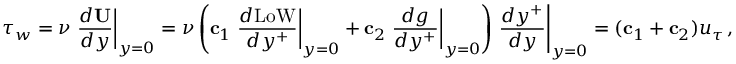
{ \boldsymbol \tau } _ { w } = \nu \left. \frac { d { \bf U } } { d y } \right| _ { y = 0 } = \nu \left( { \bf c } _ { 1 } \left. \frac { d \mathrm { L o W } } { d y ^ { + } } \right| _ { y = 0 } + { \bf c } _ { 2 } \left. \frac { d g } { d y ^ { + } } \right| _ { y = 0 } \right) \left. \frac { d y ^ { + } } { d y } \right| _ { y = 0 } = ( { \bf c } _ { 1 } + { \bf c } _ { 2 } ) u _ { \tau } \, ,